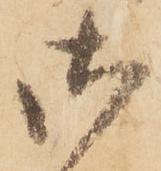
御